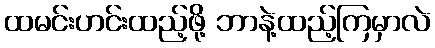
ထမင်းဟင်းထည့်ဖို့ ဘာနဲ့ထည့်ကြမှာလဲ